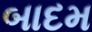
બાદમ